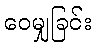
ဝေမျှခြင်း